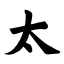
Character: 太